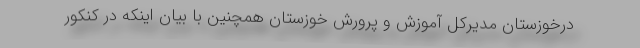
درخوزستان مدیرکل آموزش و پرورش خوزستان همچنین با بیان اینکه در کنکور